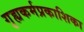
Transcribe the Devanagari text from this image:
गृह्यकर्मप्रकाशिका